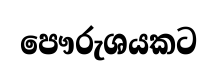
පෞරුශයකට